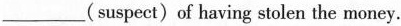
___(suspect)of having stolen the money.